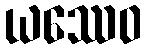
ယဿေဝ